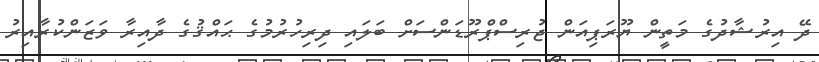
ދޭ އިރުޝާދުގެ މަތީން ޔޫރަޕިއަން ޖުރިސްޕްރޫޑަންސަށް ބަލައި ދިރިހުރުމުގެ ޙައްޤުގެ ދާއިރާ ވަޒަންކުރާއިރު